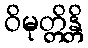
ဝိမုတ္တိန္တိ